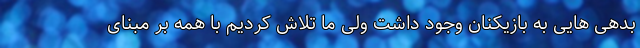
بدهی هایی به بازیکنان وجود داشت ولی ما تلاش کردیم با همه بر مبنای